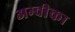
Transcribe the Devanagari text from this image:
अम्वीका